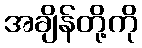
အချိန်တို့ကို